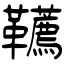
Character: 韉